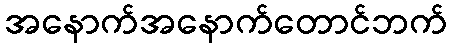
အနောက်အနောက်တောင်ဘက်